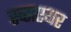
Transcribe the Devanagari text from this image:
स्व्सएयर